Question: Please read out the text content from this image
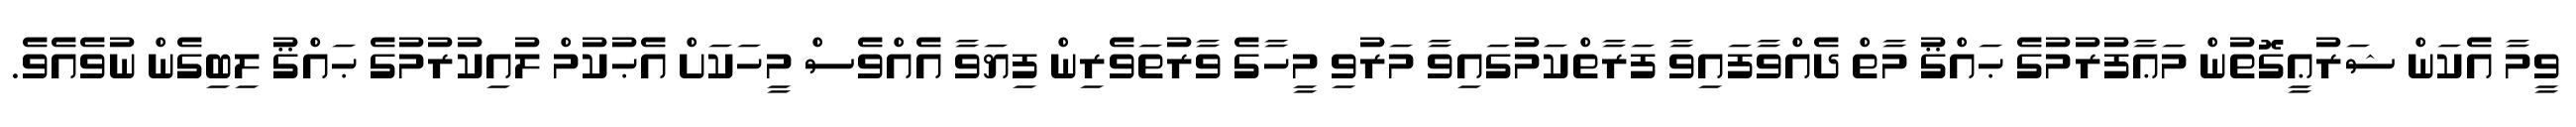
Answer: ވީމާ އެކަން ޝަރުޢީގޮތުން މަޢާފުރުމުގެ ޙައްޤު މާތް ދެއްވާފައިވާ ފަރާތްކަމުގައިވާ މަރުވި މީހާގެ ވާރުތަވެރިން ފިޔަވާ އެއްވެސް މީހަކަށް އެޙުކުމް ލުއިކުރުމުގެ ޙައްޤު ލިބިގެން ނުވެއެވެ.